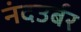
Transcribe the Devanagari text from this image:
नंदउर्बर